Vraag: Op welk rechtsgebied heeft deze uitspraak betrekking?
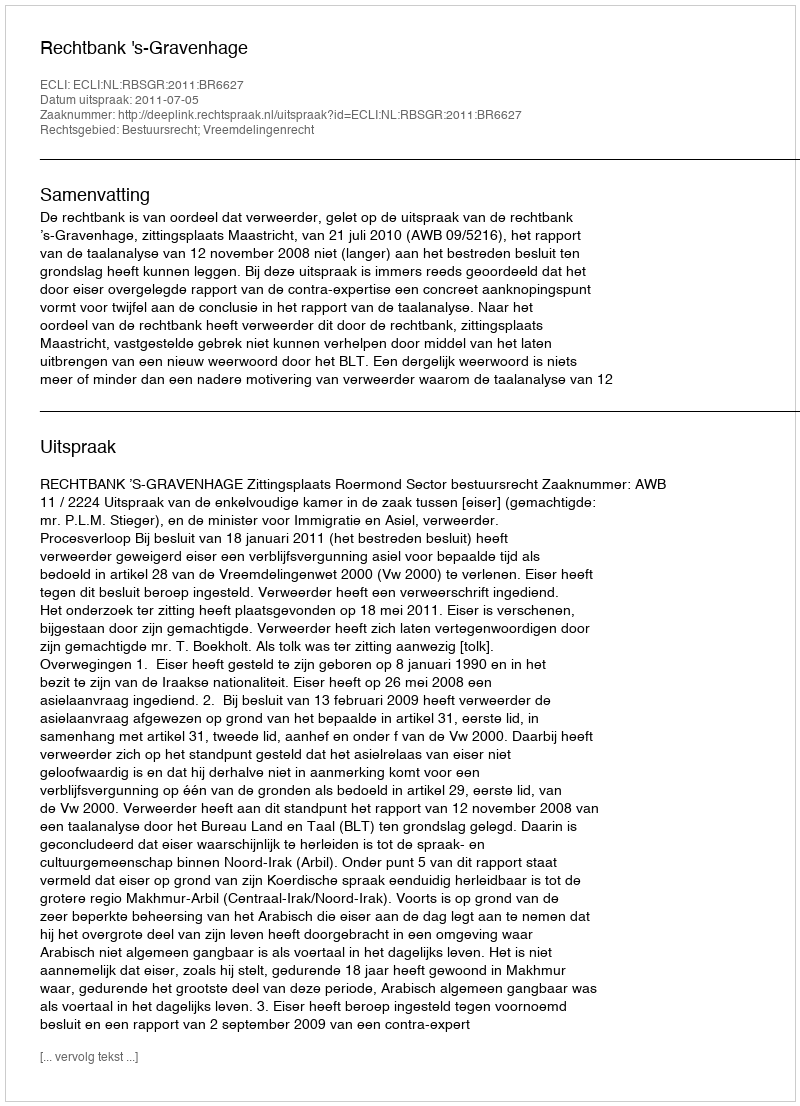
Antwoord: Bestuursrecht; Vreemdelingenrecht